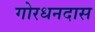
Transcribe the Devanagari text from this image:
गोरधनदास